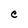
Character: e